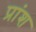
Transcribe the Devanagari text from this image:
प्रांश